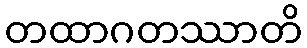
တထာဂတဿာတိ